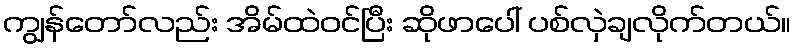
ကျွန်တော်လည်း အိမ်ထဲဝင်ပြီး ဆိုဖာပေါ် ပစ်လှဲချလိုက်တယ်။